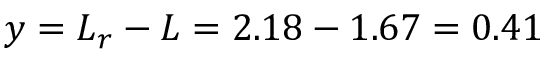
y = L _ { r } - L = 2 . 1 8 - 1 . 6 7 = 0 . 4 1